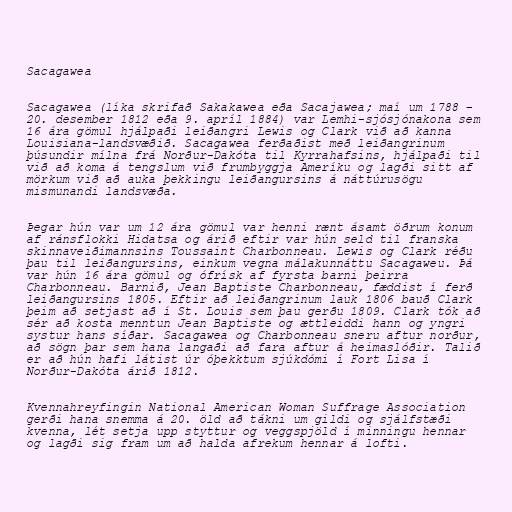
Sacagawea

Sacagawea (líka skrifað Sakakawea eða Sacajawea; maí um 1788 –
20. desember 1812 eða 9. apríl 1884) var Lemhi-sjósjónakona sem
16 ára gömul hjálpaði leiðangri Lewis og Clark við að kanna
Louisiana-landsvæðið. Sacagawea ferðaðist með leiðangrinum
þúsundir mílna frá Norður-Dakóta til Kyrrahafsins, hjálpaði til
við að koma á tengslum við frumbyggja Ameríku og lagði sitt af
mörkum við að auka þekkingu leiðangursins á náttúrusögu
mismunandi landsvæða.

Þegar hún var um 12 ára gömul var henni rænt ásamt öðrum konum
af ránsflokki Hidatsa og árið eftir var hún seld til franska
skinnaveiðimannsins Toussaint Charbonneau. Lewis og Clark réðu
þau til leiðangursins, einkum vegna málakunnáttu Sacagaweu. Þá
var hún 16 ára gömul og ófrísk af fyrsta barni þeirra
Charbonneau. Barnið, Jean Baptiste Charbonneau, fæddist í ferð
leiðangursins 1805. Eftir að leiðangrinum lauk 1806 bauð Clark
þeim að setjast að í St. Louis sem þau gerðu 1809. Clark tók að
sér að kosta menntun Jean Baptiste og ættleiddi hann og yngri
systur hans síðar. Sacagawea og Charbonneau sneru aftur norður,
að sögn þar sem hana langaði að fara aftur á heimaslóðir. Talið
er að hún hafi látist úr óþekktum sjúkdómi í Fort Lisa í
Norður-Dakóta árið 1812.

Kvennahreyfingin National American Woman Suffrage Association
gerði hana snemma á 20. öld að tákni um gildi og sjálfstæði
kvenna, lét setja upp styttur og veggspjöld í minningu hennar
og lagði sig fram um að halda afrekum hennar á lofti.